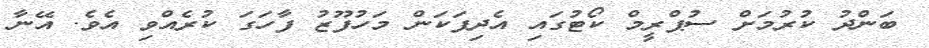
ބަންދު ކުރުމަށް ސުޕްރީމް ކޯޓުގައި އެދިފަކަން މަހުފޫޒު ފާހަގަ ކުރެއްވި އެވެ. އޭނާ